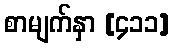
စာမျက်နှာ [၄၁၁]